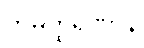
ဘူမတ္ထရဏာနိ